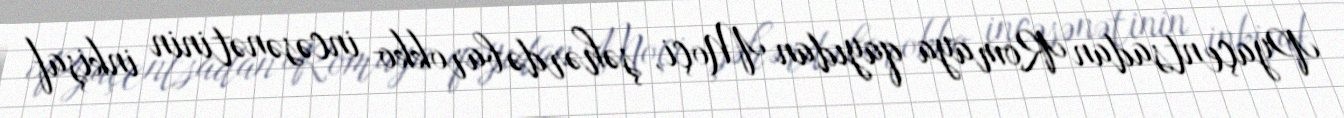
Pyaçentsadan Romaya qayıdan Moçi, şəhərdə barokko incəsənətinin inkişaf